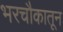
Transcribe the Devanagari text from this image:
भरचौकातून